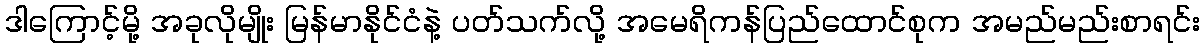
ဒါကြောင့်မို့ အခုလိုမျိုး မြန်မာနိုင်ငံနဲ့ ပတ်သက်လို့ အမေရိကန်ပြည်ထောင်စုက အမည်မည်းစာရင်း